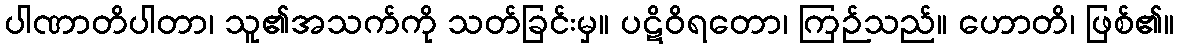
ပါဏာတိပါတာ၊ သူ၏အသက်ကို သတ်ခြင်းမှ။ ပဋိဝိရတော၊ ကြဉ်သည်။ ဟောတိ၊ ဖြစ်၏။